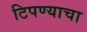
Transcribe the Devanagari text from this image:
टिपण्याचा